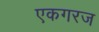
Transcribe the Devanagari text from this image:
एकगरज